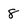
Character: 8